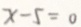
x - 5 = 0